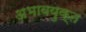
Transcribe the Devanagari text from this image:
अभावयुक्त